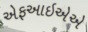
એફઆઇએએ